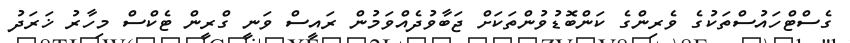
ގެސްޓްހައުސްތަކުގެ ވެރިންގެ ކަންބޮޑުވުންތަކަށް ޖަބާވުދެއްވަމުން ރައީސް ވަނީ ގްރީން ޓެކްސް މިހާރު ޚަރަދު